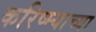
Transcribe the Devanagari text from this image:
करिष्म्याच्या